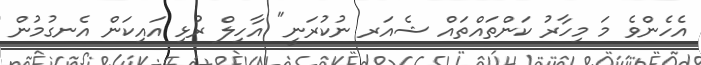
އެހެންވެ މަ މިހާރު ކަންތައްތައް ޝެއަރ ނުކުރަނީ" އާހިލް ރުޅި އައިކަން އެނގުމުން